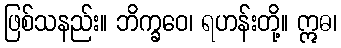
ဖြစ်သနည်း။ ဘိက္ခဝေ၊ ရဟန်းတို့။ ဣဓ၊